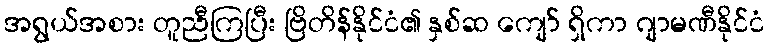
အရွယ်အစား တူညီကြပြီး ဗြိတိန်နိုင်ငံ၏ နှစ်ဆ ကျော် ရှိကာ ဂျာမဏီနိုင်ငံ